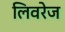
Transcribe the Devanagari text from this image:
लिवरेज